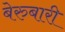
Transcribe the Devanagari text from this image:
बेरुबारी